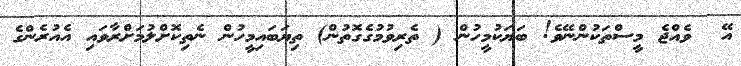
އޭ  ވެއްޖެ މީސްތަކުންނޭވެ! ބަޔަކުމީހުން ( ތެރިވުމުގެގޮތުން) ތިޔަބައިމީހުން ނެތިކޮށްލުމަށްރާވައި އެއުރެންގެ